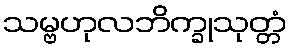
သမ္ဗဟုလဘိက္ခုသုတ္တံ